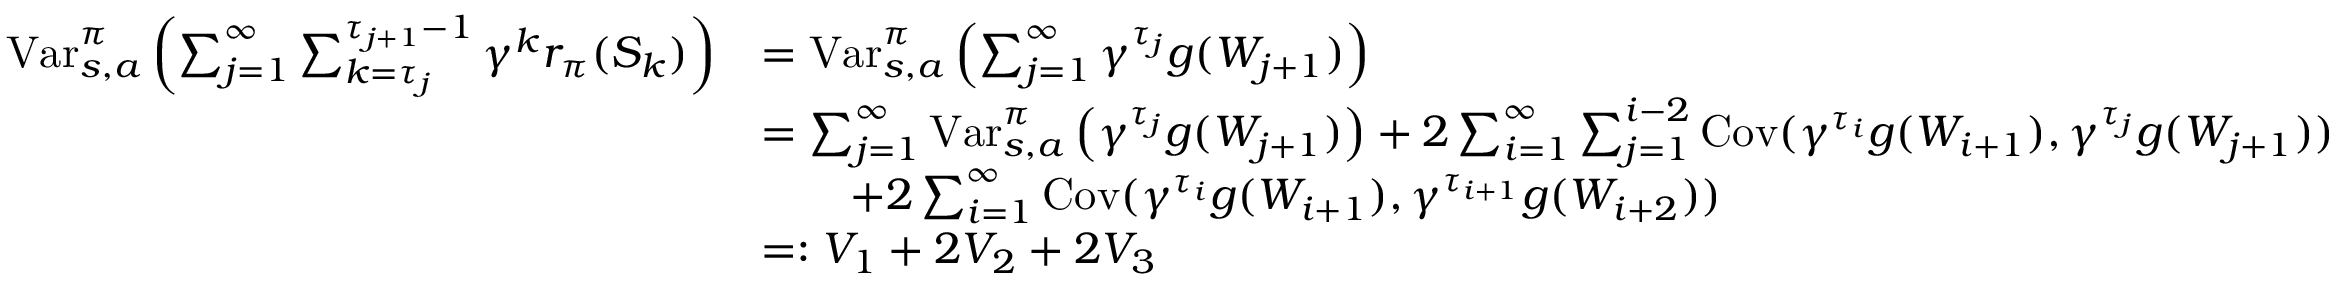
\begin{array} { r l } { \mathrm { V a r } _ { s , a } ^ { \pi } \left( \sum _ { j = 1 } ^ { \infty } \sum _ { k = { \tau _ { j } } } ^ { \tau _ { j + 1 } - 1 } \gamma ^ { k } r _ { \pi } ( S _ { k } ) \right) } & { = \mathrm { V a r } _ { s , a } ^ { \pi } \left( \sum _ { j = 1 } ^ { \infty } \gamma ^ { \tau _ { j } } g ( W _ { j + 1 } ) \right) } \\ & { = \sum _ { j = 1 } ^ { \infty } \mathrm { V a r } _ { s , a } ^ { \pi } \left( \gamma ^ { \tau _ { j } } g ( W _ { j + 1 } ) \right) + 2 \sum _ { i = 1 } ^ { \infty } \sum _ { j = 1 } ^ { i - 2 } \mathrm { C o v } ( \gamma ^ { \tau _ { i } } g ( W _ { i + 1 } ) , \gamma ^ { \tau _ { j } } g ( W _ { j + 1 } ) ) } \\ & { \qquad + 2 \sum _ { i = 1 } ^ { \infty } \mathrm { C o v } ( \gamma ^ { \tau _ { i } } g ( W _ { i + 1 } ) , \gamma ^ { \tau _ { i + 1 } } g ( W _ { i + 2 } ) ) } \\ & { = : V _ { 1 } + 2 V _ { 2 } + 2 V _ { 3 } } \end{array}